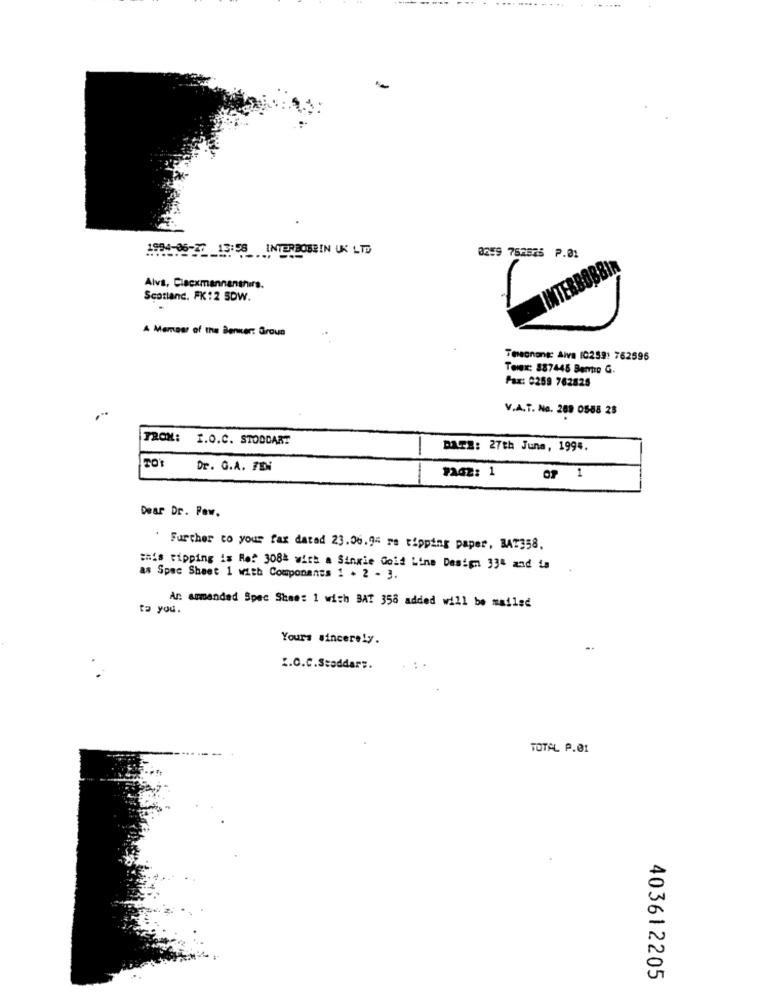
-
1996-20 13:58 INTERBOBBIN UK LTD
0259 752575 P.01
INTERBOBB
Alvs, Clacxmannanshırs.
Scotland. FK12 SDW.
A Member of the Benker: Groun
Tesegnong: Aiva (0259: 762596
Telex: 387445 Bentro G.
Fax: 0259 762825
V.A.T. No. 208 0588 28
FROM: I.O.C. STODDART
DATE: 27th June, 1994.
20'
Dr. G.A. FEN
07 1
Dear Dr. Few.
Further to your fax datad 23.06.94 re tipping paper, BAT358,
this tipping is Ref 3084 with a Sinwie Gold Line Design 334 and La
as Spec Sheet 1 with Componanes 1 . 2 - 3.
ta you.
An. ammended Spec Sheet 1 with BAT 358 added will be mailed
Yours sincerely.
I.O.C.Staddar ;.
: .
TOTAL P.01
403612205